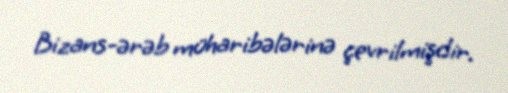
Bizans-ərəb müharibələrinə çevrilmişdir.